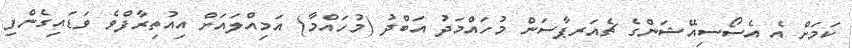
ކަމަށް އެ އެސޯސިއޭޝަންގެ ޗެއަރޕާސަން މުހައްމަދު އަބްދު (މުހައްމާ) އަމިއްލައަށް އިއުތިރާފްވެ ވަޑައިގެންފި